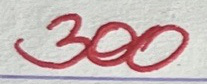
300